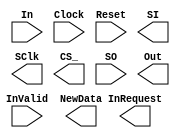
//-----------------------------------------------------------------------
//	Version:	   1.0
//	Desc:		   SPI skeleton file for use with provided
//                         SPI.edn blackbox.
//	Copyright:	Copyright 2006 UC Berkeley
//	This copyright header must appear in all derivative works.
//-----------------------------------------------------------------------


module SPI(InValid, In, InRequest, Clock, Reset, SI, SClk, CS_, SO, NewData, Out);
    input InValid, Clock, Reset, SO;
    input [7:0] In;
    output InRequest, SClk, CS_, NewData, SI;
	 output [7:0] Out;
endmodule